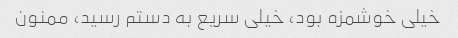
خیلی خوشمزه بود، خیلی سریع به دستم رسید، ممنون